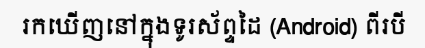
រកឃើញនៅក្នុងទូរស័ព្ទដៃ (Android) ពីរបី